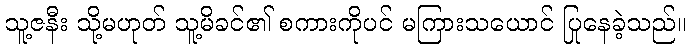
သူ့ဇနီး သို့မဟုတ် သူ့မိခင်၏ စကားကိုပင် မကြားသယောင် ပြုနေခဲ့သည်။